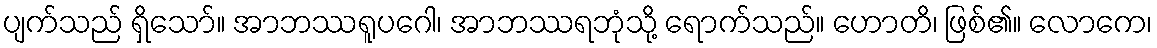
ပျက်သည် ရှိသော်။ အာဘဿရူပဂေါ၊ အာဘဿရဘုံသို့ ရောက်သည်။ ဟောတိ၊ ဖြစ်၏။ လောကေ၊